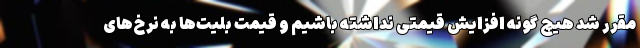
مقرر شد هیچ گونه افزایش قیمتی نداشته باشیم و قیمت بلیت‌ها به نرخ‌های